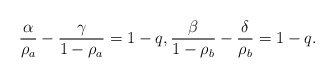
\begin{align*} \frac{\alpha}{\rho_a}-\frac{\gamma}{1-\rho_a}=1-q, \frac{\beta}{1-\rho_b}-\frac{\delta}{\rho_b}=1-q. \end{align*}